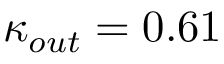
{ { \kappa } _ { o u t } } = 0 . 6 1